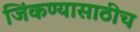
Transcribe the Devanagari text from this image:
जिंकण्यासाठीच